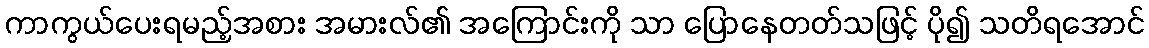
ကာကွယ်ပေးရမည့်အစား အမားလ်၏ အကြောင်းကို သာ ပြောနေတတ်သဖြင့် ပို၍ သတိရအောင်